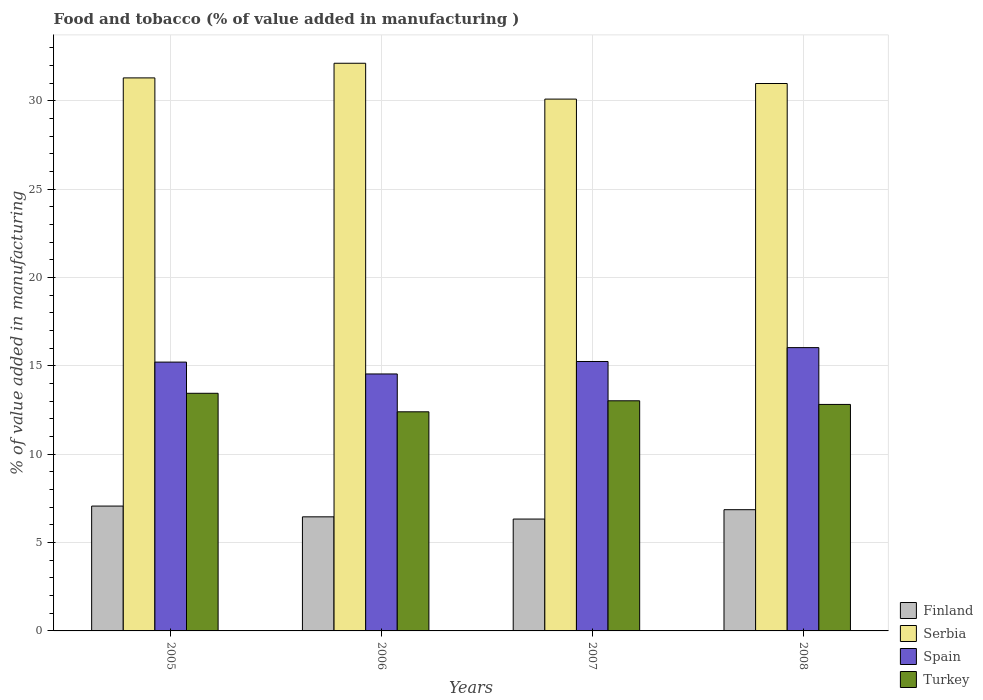
| Years | Finland | Serbia | Spain | Turkey |
 | --- | --- | --- | --- | --- |
 | 2005 | 7.06 | 31.3 | 15.2 | 13.4 |
 | 2006 | 6.46 | 32.1 | 14.5 | 12.4 |
 | 2007 | 6.33 | 30.1 | 15.2 | 13 |
 | 2008 | 6.86 | 31 | 16 | 12.8 |